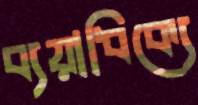
ব্যয়াধিক্যে